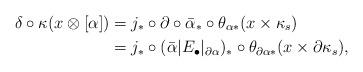
LaTeX: \begin{align*}\delta\circ \kappa(x\otimes [\alpha]) &= j_*\circ \partial \circ \bar \alpha_*\circ \theta_{\alpha *} (x\times \kappa_s) \\&=j_*\circ (\bar{\alpha}|E_\bullet\vert_{\partial \alpha})_* \circ \theta_{\partial \alpha *}(x\times \partial \kappa_{s}),\end{align*}